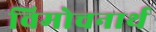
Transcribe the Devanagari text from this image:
विमोचनार्थ